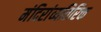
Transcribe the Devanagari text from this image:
मंदिरांव्यतिरिक्त